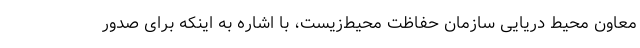
معاون محیط دریایی سازمان حفاظت محیط‌زیست، با اشاره به اینکه برای صدور